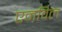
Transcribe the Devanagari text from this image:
एनविल